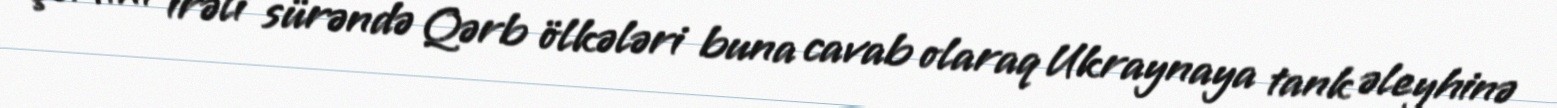
şərtini irəli sürəndə Qərb ölkələri buna cavab olaraq Ukraynaya tank əleyhinə